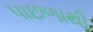
પાછળાથી